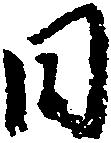
日